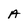
Character: A